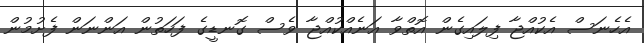
އެހެނަސް އެކުއްޖާ ފިލައިގެން އޮތްވާ އަނެއްކުއްޖާ ވެސް ގޮނޑީގެ ފަހަތުން އަންނަން ފެށުމުން